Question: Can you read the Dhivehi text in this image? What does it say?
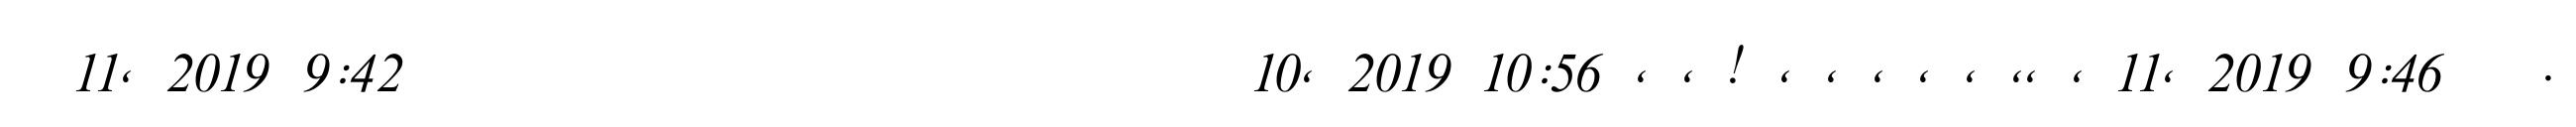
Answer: ? 11, 2019 9:42 ??? ??? ??? ??? ??? ??? ????????? 10, 2019 10:56 , , ! , , , , , ,, , 11, 2019 9:46 ???.